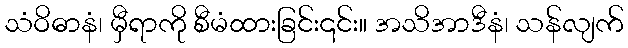
သံဝိဓာနံ၊ မှီရာကို စီမံထားခြင်း၎င်း။ အသိအာဒီနံ၊ သန်လျက်